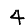
Digit: 4